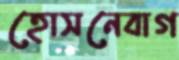
হোসনেবাগ